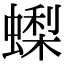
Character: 蟍